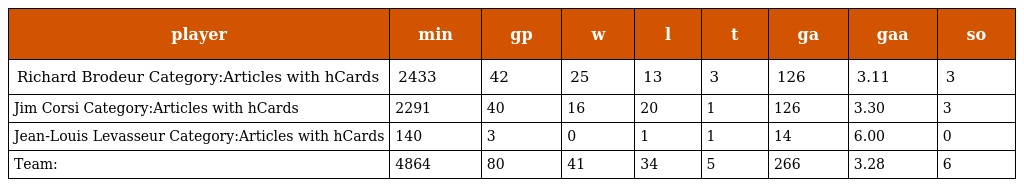
| player | min | gp | w | l | t | ga | gaa | so |
 | --- | --- | --- | --- | --- | --- | --- | --- | --- |
 | Richard Brodeur Category:Articles with hCards | 2433 | 42 | 25 | 13 | 3 | 126 | 3.11 | 3 |
 | Jim Corsi Category:Articles with hCards | 2291 | 40 | 16 | 20 | 1 | 126 | 3.30 | 3 |
 | Jean-Louis Levasseur Category:Articles with hCards | 140 | 3 | 0 | 1 | 1 | 14 | 6.00 | 0 |
 | Team: | 4864 | 80 | 41 | 34 | 5 | 266 | 3.28 | 6 |